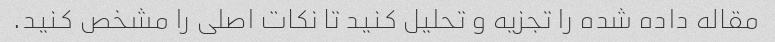
مقاله داده شده را تجزیه و تحلیل کنید تا نکات اصلی را مشخص کنید.